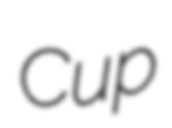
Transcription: Cup